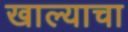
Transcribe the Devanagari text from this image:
खाल्याचा